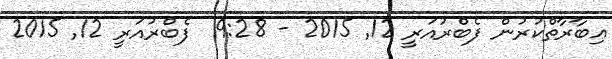
ޢިބާރާތްކުރުން ފެބްރުއަރީ 12